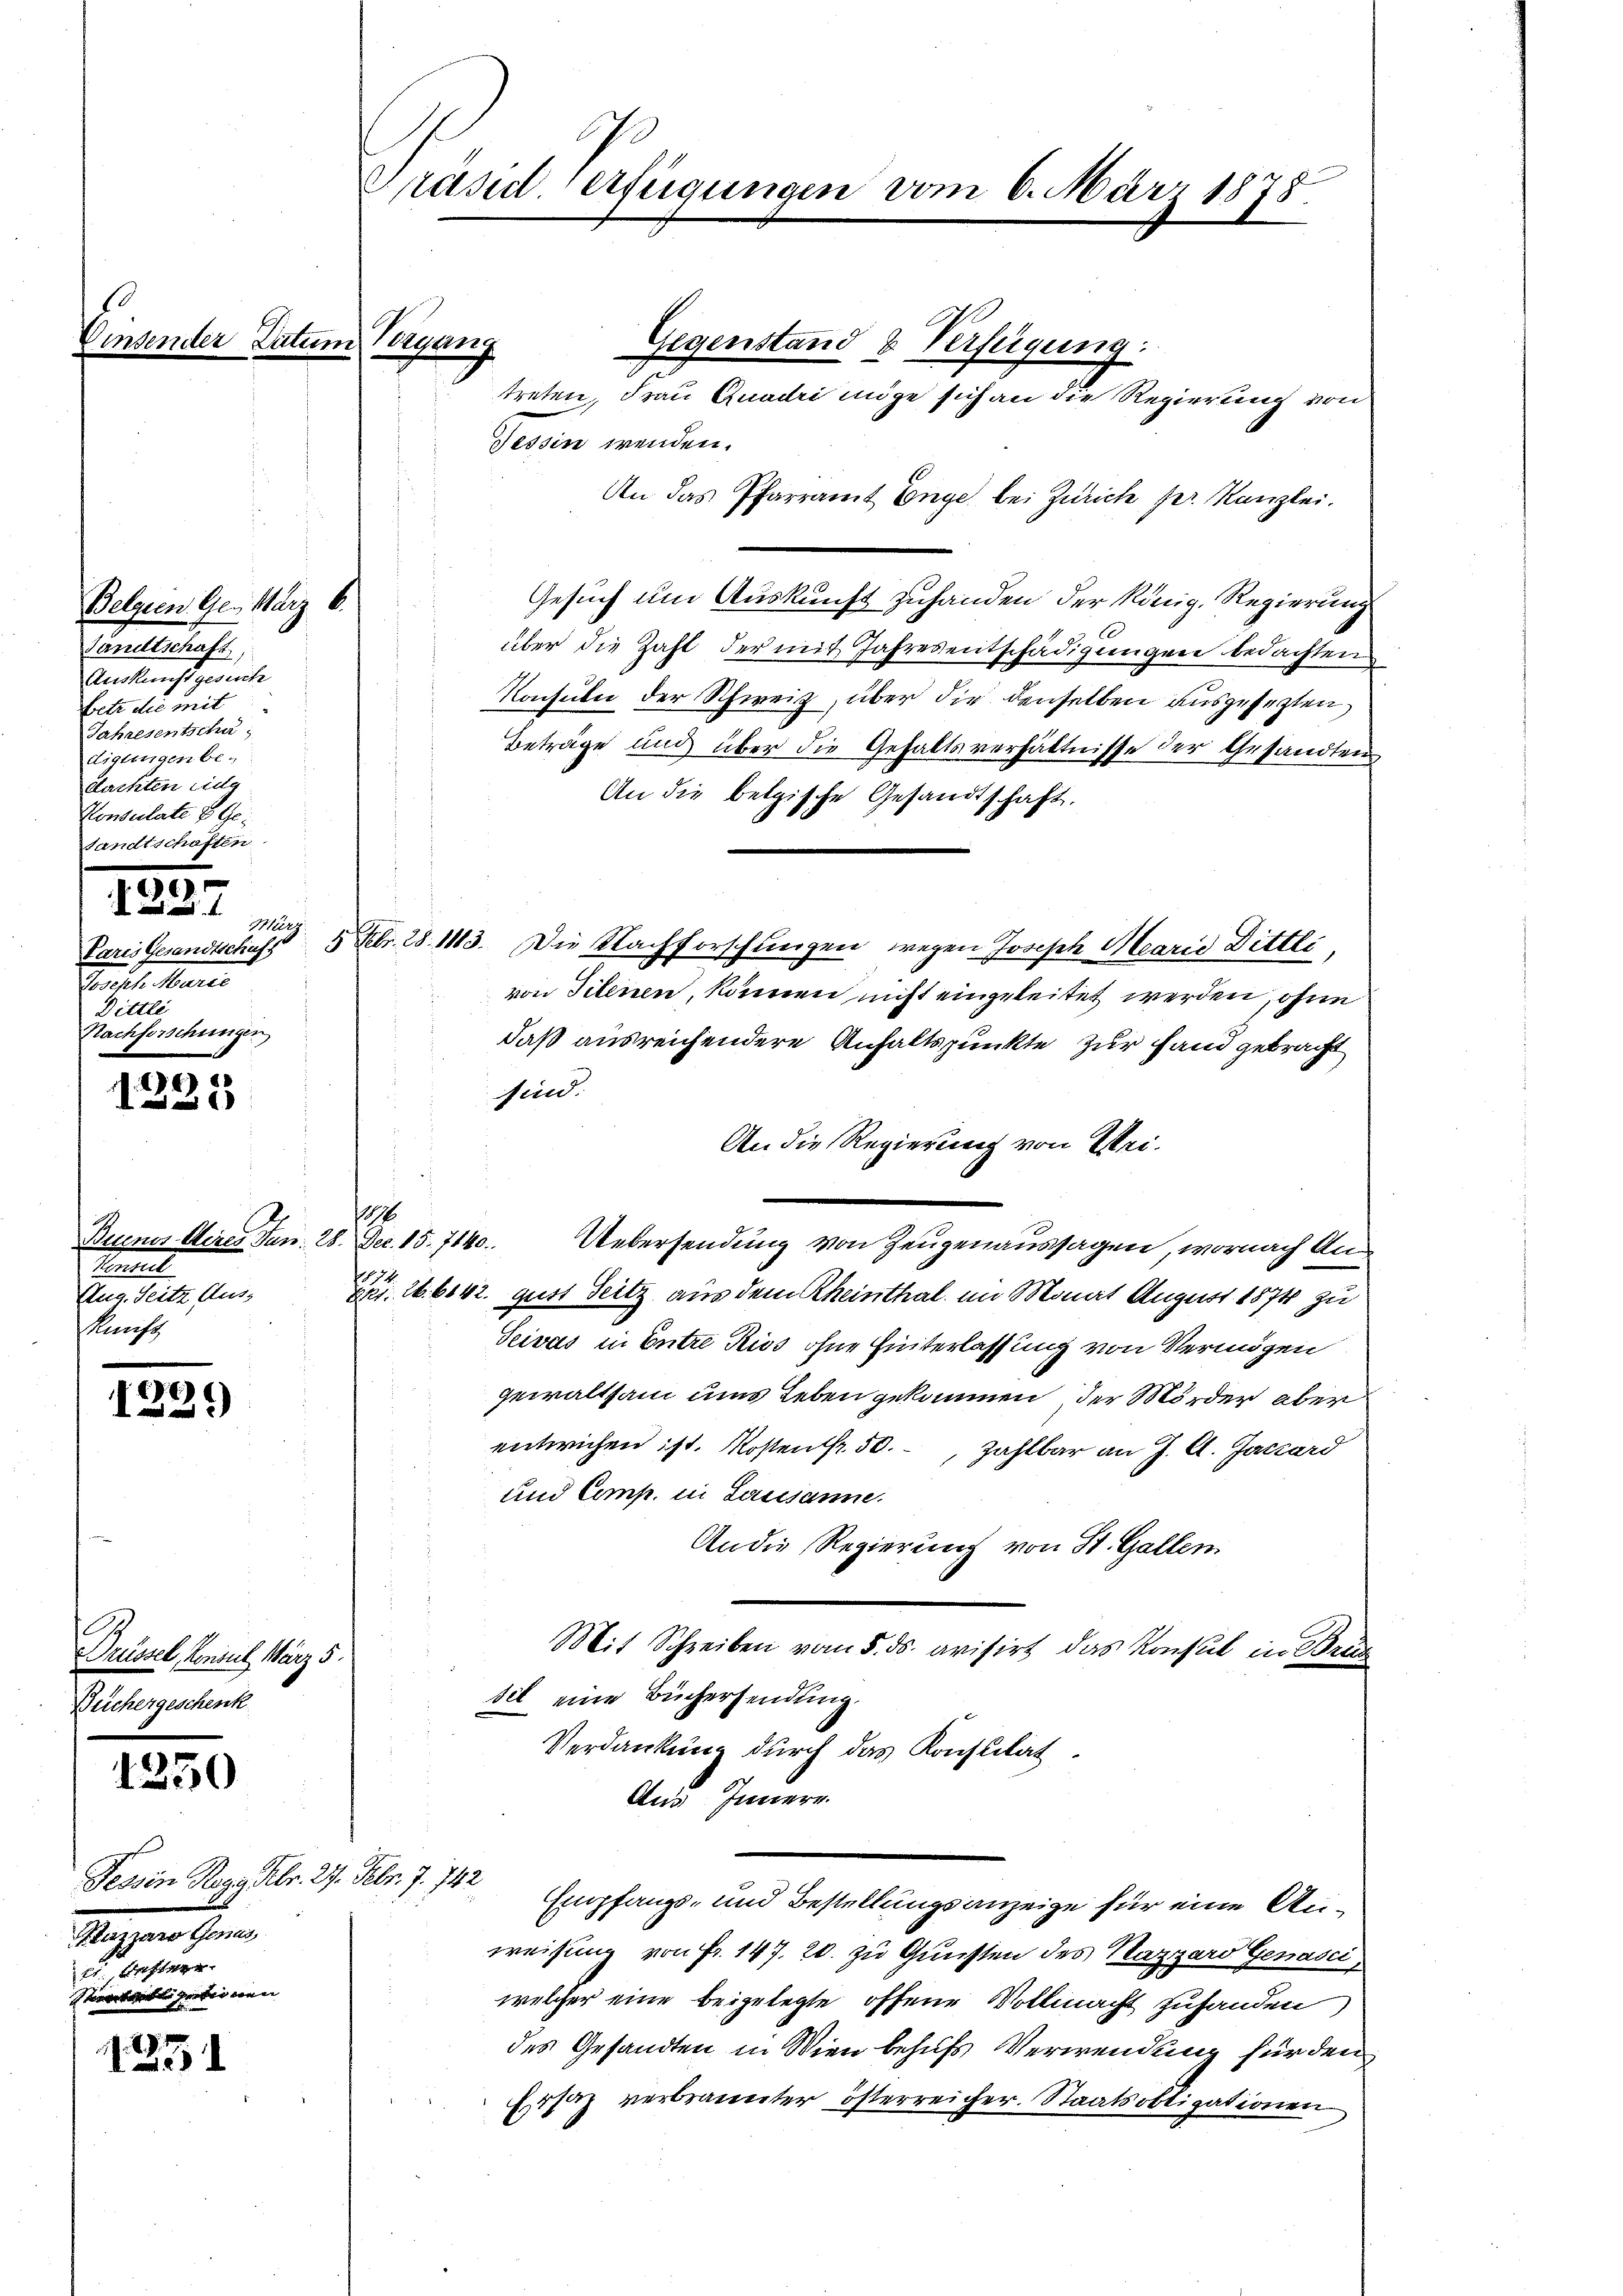
Belgien Ges. März 6.
Tandtschaft
Auskunft gesuch
Betr die mit
Jahresentscha
diglingen be-
dachten Eide
Konsulate & Gesandtschaften

1237
3 ers
Paris Gesandtschufs
Preiset. Mart.
Dittli
Nachforschungen

)
 a

Beunes Aires Jan. 28. Dec. 15. 7140.
Comet
Zug. Seitz Aus-
Kunst

E
2

Drüssel, Konsul März 5.
Büchergeschenk

1250

Fessen Rogg Febr. 27. Febr. 7. 742
azzara Genus
de beste
Siranten Greber wenn

125

Einsender Datum Vorgang

Präsiderfügungen vom 6. März 1878

Gegenstand & Verfügung:
treten, Frau Quadri möge sich an die Regierung von
Tessin wenden.
An das Pfarramt Enge bei Zürich her Kanzlei.
Gesuch um Auskunft zuhanden der König. Regierung
über die Zahl der mit Jahresentschädigungen bedachten
Konsuln der Schweiz, über die denselben ausgesezten,
Beträge und über die Gehaltsverhältnisse der Gesandtens
An die belgische Gesandtschaft.
5 Febr. 28. 113. Die Nachforschungen wegen Josisch Marie Dittli
von Titeinen, können nicht eingeleitet werden, ohne
daß ausreichendere Anhaltspunkte zur fand gebracht
sind.
An die Regierung von Wei¬
1
Uebersendung von Zeugenaussagen, wornach An¬
1874.
Spt. 16. 6142. gust Seitz aus dem Rheinthal im Monat August 1874 zu
Seivas in Entre Riss ohne Hinterlassung von Vermögen
gewaltsam ums Leben gekommen, der Mörder aber
entwichen ist. Kosten fr. 50. zahlbar an J. C. Juchard
und Comp. in Lausanne.
An die Regierung von St. Gallen
Mit Schreiben vom 5. ds. avisirt das Konsul in Brug
sel eine Büchersendung.
Verdankung durch das Konsulat
Ans Innern.
Empfangs- und Bestellungsanzeige für eine Anweisung von Fr. 147. 20. zu Gunsten des Nazzard Genasci
welcher eine beigelegte offene Vollmacht zufanden
des Gesandten in Wien behufs Verwendung für den
Ersatz verbrannter österreicher. Staatsobligationen